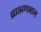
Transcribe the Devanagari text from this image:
ब्राह्मणभाग